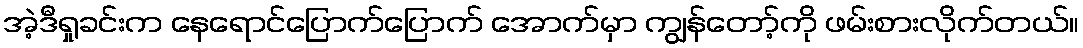
အဲ့ဒီရှုခင်းက နေရောင်ပြောက်ပြောက် အောက်မှာ ကျွန်တော့်ကို ဖမ်းစားလိုက်တယ်။